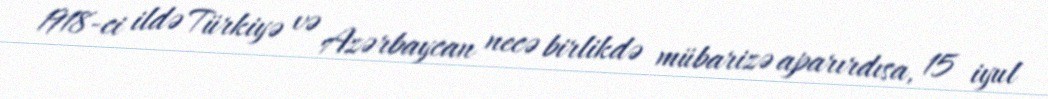
1918-ci ildə Türkiyə və Azərbaycan necə birlikdə mübarizə aparırdısa, 15 iyul